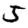
Digit: 5